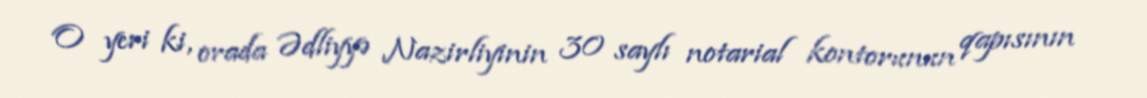
O yeri ki, orada Ədliyyə Nazirliyinin 30 saylı notarial kontorunun qapısının